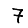
Digit: 7